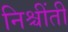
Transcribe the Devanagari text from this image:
निश्चींती